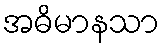
အဓိမာနသာ